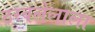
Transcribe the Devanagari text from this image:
ठरवलेलाला